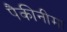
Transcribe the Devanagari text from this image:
पैकीनीमा